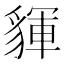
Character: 𧳰